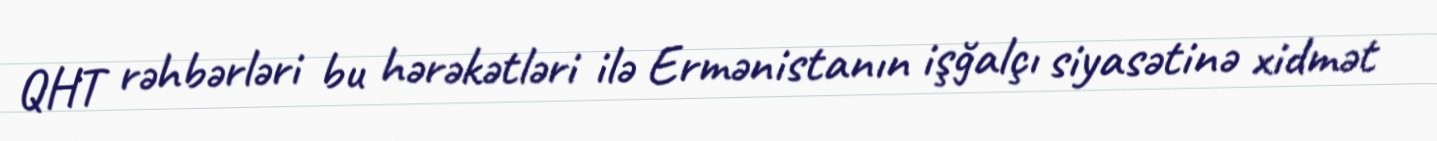
QHT rəhbərləri bu hərəkətləri ilə Ermənistanın işğalçı siyasətinə xidmət